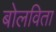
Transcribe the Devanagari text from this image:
बोलविता